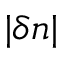
| \delta n |